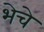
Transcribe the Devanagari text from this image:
भेचे